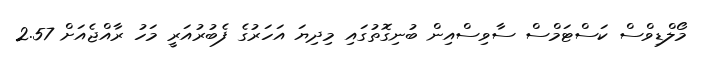
މޯލްޑިވްސް ކަސްޓަމްސް ސާވިސްއިން ބުނިގޮތުގައި މިދިޔަ އަހަރުގެ ފެބުރުއަރީ މަހު ރާއްޖެއަށް 2.57